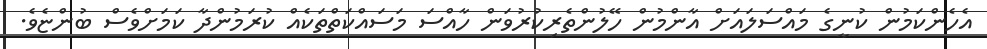
އެހެންކަމުން ކުނީގެ މައްސަލައަށް އާންމުން ހޭލުންތެރިކުރުވަން ހާއްސަ މަސައްކަތްތަކެއް ކުރަމުންދާ ކަމަށްވެސް ބުންޏެވެ.